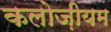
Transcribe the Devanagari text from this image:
कलोज़ीयम